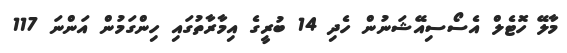
މާލޭ ހޮޓެލް އެސޯސިއޭޝަނުން ހެދި 14 ބުރީގެ އިމާރާތުގައި ހިންގަމުން އަންނަ 117